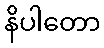
နိပါတော